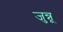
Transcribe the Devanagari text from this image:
जुन्नू